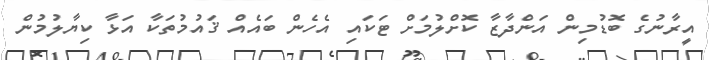
އީރާނުގެ ބޮޑުމިން އަންދާޒާ ކޮށްލުމަށް ޓަކައި އެހެން ބައެއް ޤައުމުތަކާ އަޅާ ކިޔާލުމުން